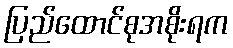
ပြည်ထောင်စုအစိုးရက